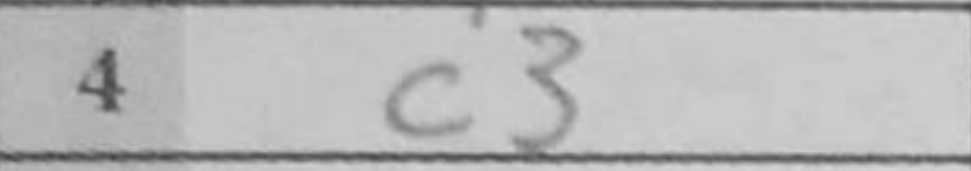
Transcription: c3